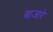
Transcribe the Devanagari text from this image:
बाजारे